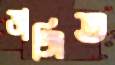
ভাঙ্গিত